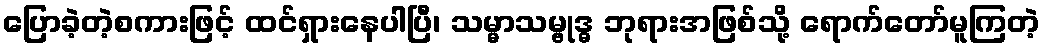
ပြောခဲ့တဲ့စကားဖြင့် ထင်ရှားနေပါပြီ၊ သမ္မာသမ္ဗုဒ္ဓ ဘုရားအဖြစ်သို့ ရောက်တော်မူကြတဲ့